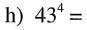
h) $$4 3 ^ { 4 } =$$